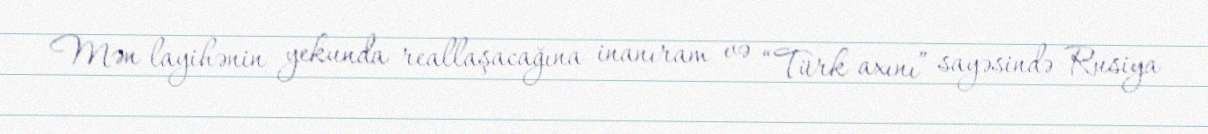
Mən layihənin yekunda reallaşacağına inanıram və “Türk axını” sayəsində Rusiya